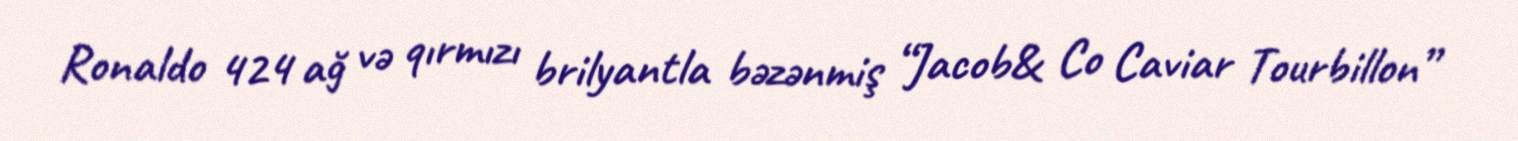
Ronaldo 424 ağ və qırmızı brilyantla bəzənmiş “Jacob& Co Caviar Tourbillon”